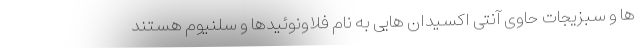
ها و سبزیجات حاوی آنتی اکسیدان هایی به نام فلاونوئیدها و سلنیوم هستند